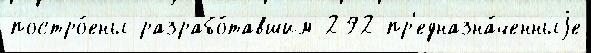
постро́ены разрабо́тавшим 292 пр'едназна́ченныjе